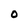
Character: 0